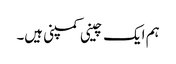
ہم ایک چینی کمپنی ہیں۔